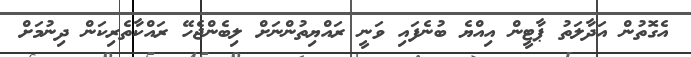
އެގޮތުން އަދާލަތު ޕާޓީން އިއްޔެ ބުނެފައި ވަނީ ރައްޔިތުންނަށް ލިބެންޖެހޭ ރައްކާތެރިކަން ދިނުމަށް